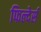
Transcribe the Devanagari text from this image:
फिल्देर्स